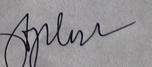
Signature authenticity: genuine